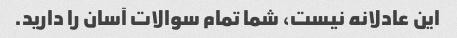
این عادلانه نیست، شما تمام سوالات آسان را دارید.